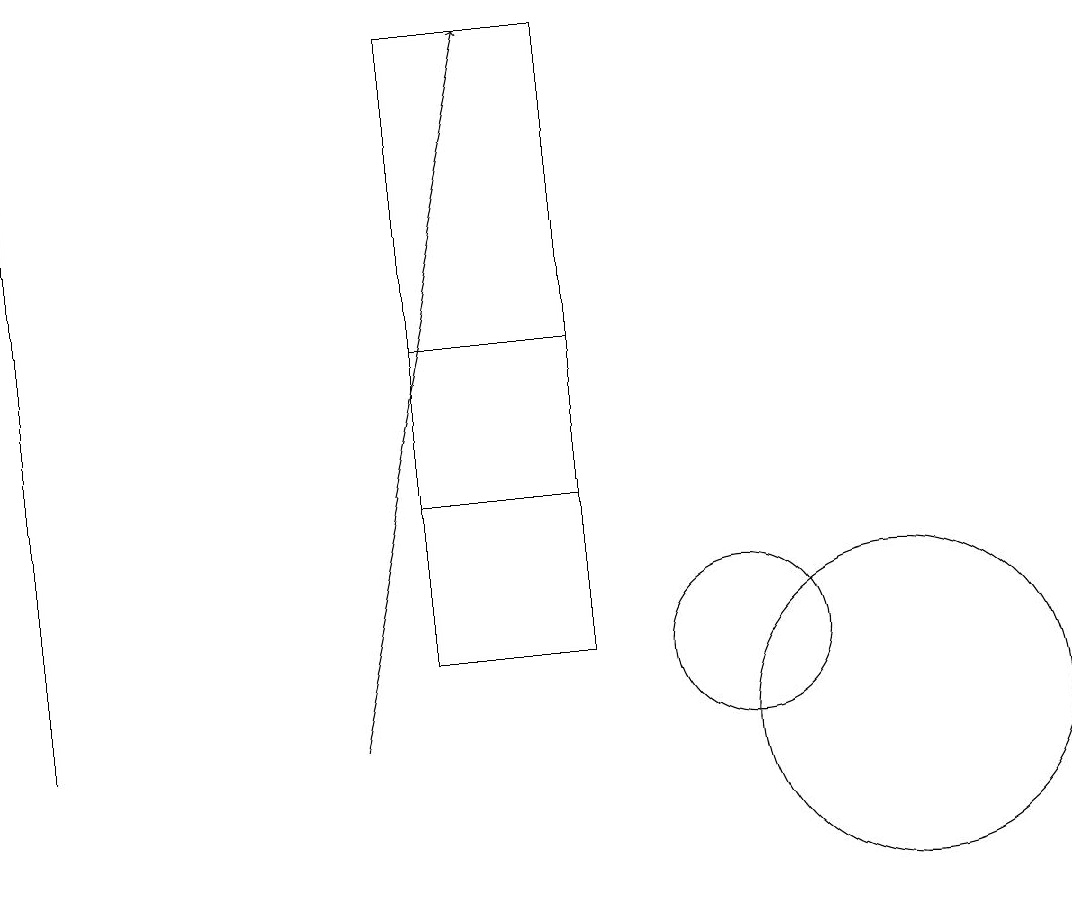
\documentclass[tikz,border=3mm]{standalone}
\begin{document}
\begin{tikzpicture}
\draw (10,11) circle (1);
\draw (8,19) rectangle (6,13);
\draw (1,19) rectangle (1,10);
\draw (12,10) circle (2);
\draw[->] (5,10) -- (7,19);
\draw (6,15) rectangle (8,11);
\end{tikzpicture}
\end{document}